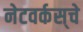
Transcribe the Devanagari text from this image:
नेटवर्कस्‌चे